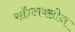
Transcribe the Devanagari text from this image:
सॉन्टाक्लोज़